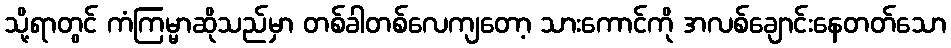
သို့ရာတွင် ကံကြမ္မာဆိုသည်မှာ တစ်ခါတစ်လေကျတော့ သားကောင်ကို အလစ်ချောင်းနေတတ်သော